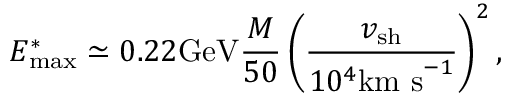
E _ { \mathrm { m a x } } ^ { * } \simeq 0 . 2 2 \mathrm { G e V } \frac { M } { 5 0 } \left( \frac { v _ { \mathrm { s h } } } { 1 0 ^ { 4 } \mathrm { k m ~ s } ^ { - 1 } } \right) ^ { 2 } ,